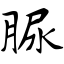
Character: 脲